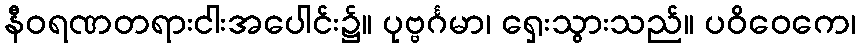
နီဝရဏတရားငါးအပေါင်း၌။ ပုဗ္ဗင်္ဂမာ၊ ရှေးသွားသည်။ ပဝိဝေကေ၊